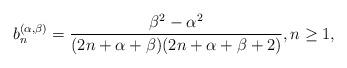
LaTeX: \begin{align*}b_n^{(\alpha,\beta)}=\frac{\beta^2-\alpha^2}{(2n+\alpha+\beta)(2n+\alpha+\beta+2)},n\geq 1,\end{align*}